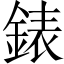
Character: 錶